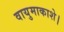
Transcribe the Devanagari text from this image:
वायुमाकाशे।